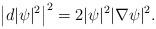
\begin{align*}\big|d|\psi|^2\big|^2=2|\psi|^2|\nabla\psi|^2.\end{align*}